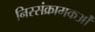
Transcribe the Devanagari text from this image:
निस्संक्रामकओं